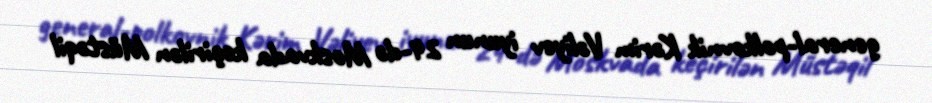
general-polkovnik Kərim Vəliyev iyunun 24-də Moskvada keçirilən Müstəqil